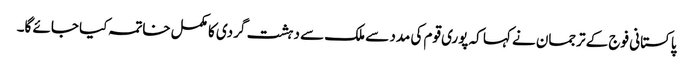
پاکستانی فوج کے ترجمان نے کہا کہ پوری قوم کی مدد سے ملک سے دہشت گردی کا مکمل خاتمہ کیا جائے گا۔